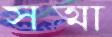
সত্মা